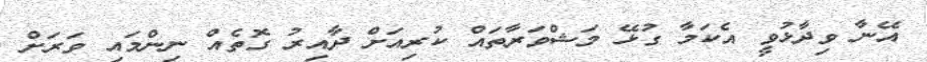
އޭނާ ވިދާޅުވީ އެކަމާ ގުޅޭ މަޝްވަރާތައް ކުރިއަށް ދާއިރު ގޮތެއް ނިންމައި ވަރަށް